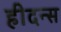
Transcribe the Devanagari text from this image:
हीदन्स